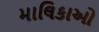
માલિકાઓ